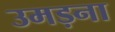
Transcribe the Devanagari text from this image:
उमड़ना